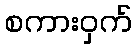
စကားဝှက်